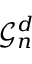
{ \mathcal { G } } _ { n } ^ { d }